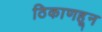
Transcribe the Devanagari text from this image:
ठिकाणहून